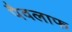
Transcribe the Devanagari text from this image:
पैवलाफ